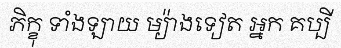
ភិក្ខុ ទាំងឡាយ ម្យ៉ាងទៀត អ្នក គប្បី